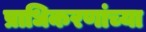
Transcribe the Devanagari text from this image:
प्राधिकरणांच्या